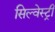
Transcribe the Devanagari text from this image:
सिल्वेस्ट्री